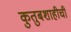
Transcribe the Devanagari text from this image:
कुतुबशाहीची